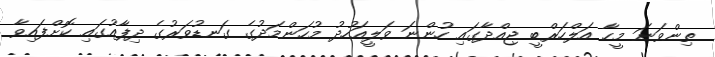
ތިންވަނަ މީހާ އަލްހަރްބީ ޖިއްދާގައި ހުންނަ ވަލީއަހުދު މުހަންމަދުގެ ގަނޑުވަރުގެ ދިފާއުގައި ކޮށްފައިވާ